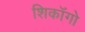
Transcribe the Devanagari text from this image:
शिकॉगो